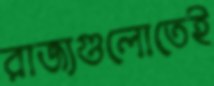
রাজ্যগুলোতেই